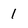
Character: 1